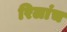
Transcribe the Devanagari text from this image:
रिलांच